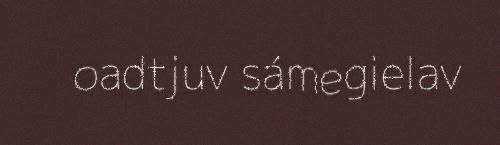
oadtjuv sámegielav